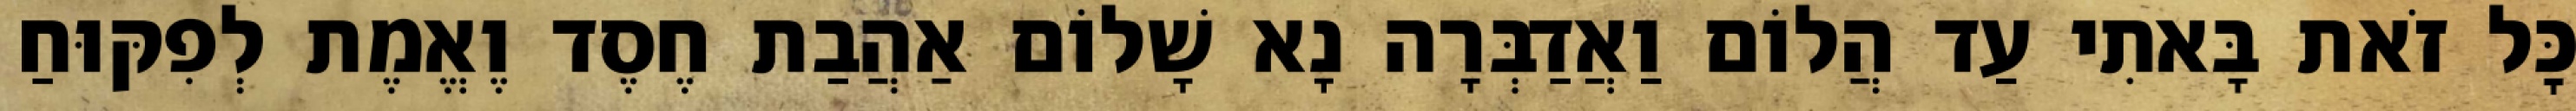
כׇּל זֹאת בָּאתִי עַד הֲלוֹם וַאֲדַבְּרָה נָא שָׁלוֹם אַהֲבַת חֶסֶד וֶאֱמֶת לְפִקּוּחַ